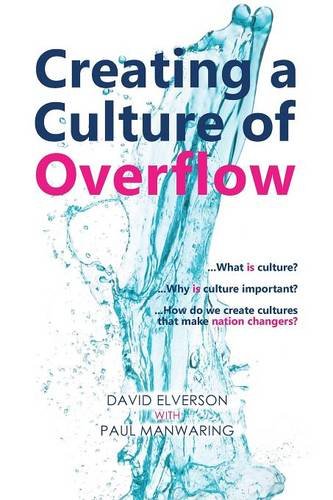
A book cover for Creating a Culture of Overflow; David P Elverson; Christian Books & Bibles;